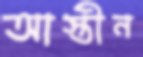
আস্তীন